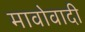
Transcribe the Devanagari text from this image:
मावोवादी